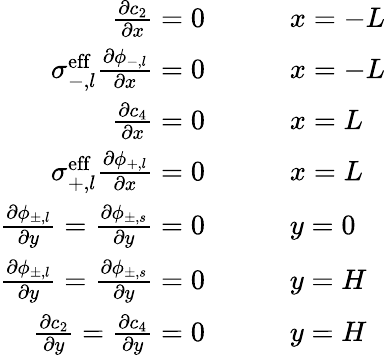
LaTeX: \begin{array}{rl}{\frac{\partial c_{2}}{\partial x}=0\qquad}&{x=-L}\\ {\sigma_{-,l}^{\mathrm{eff}}\frac{\partial\phi_{-,l}}{\partial x}=0\qquad}&{x=-L}\\ {\frac{\partial c_{4}}{\partial x}=0\qquad}&{x=L}\\ {\sigma_{+,l}^{\mathrm{eff}}\frac{\partial\phi_{+,l}}{\partial x}=0\qquad}&{x=L}\\ {\frac{\partial\phi_{\pm,l}}{\partial y}=\frac{\partial\phi_{\pm,s}}{\partial y}=0\qquad}&{y=0}\\ {\frac{\partial\phi_{\pm,l}}{\partial y}=\frac{\partial\phi_{\pm,s}}{\partial y}=0\qquad}&{y=H}\\ {\frac{\partial c_{2}}{\partial y}=\frac{\partial c_{4}}{\partial y}=0\qquad}&{y=H}\end{array}